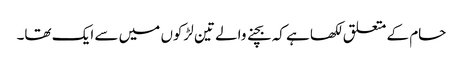
حام کے متعلق لکھا ہے کہ بچنے والے تین لڑکوں میں سے ایک تھا۔